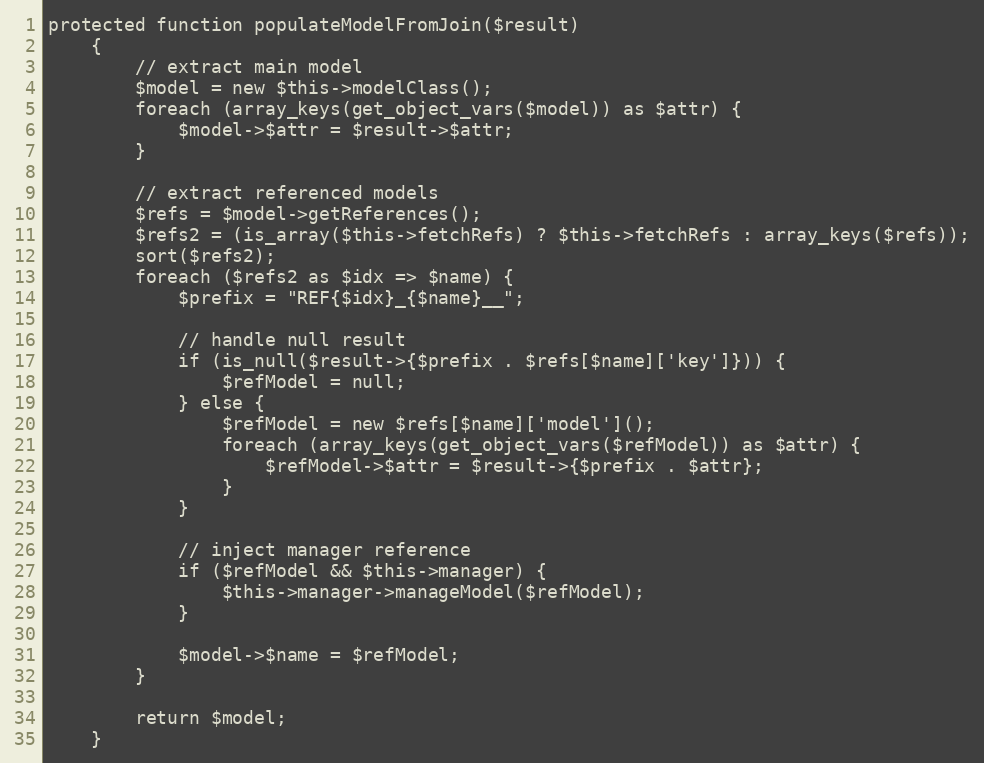
Language: PHP
protected function populateModelFromJoin($result)
    {
        // extract main model
        $model = new $this->modelClass();
        foreach (array_keys(get_object_vars($model)) as $attr) {
            $model->$attr = $result->$attr;
        }

        // extract referenced models
        $refs = $model->getReferences();
        $refs2 = (is_array($this->fetchRefs) ? $this->fetchRefs : array_keys($refs));
        sort($refs2);
        foreach ($refs2 as $idx => $name) {
            $prefix = "REF{$idx}_{$name}__";

            // handle null result
            if (is_null($result->{$prefix . $refs[$name]['key']})) {
                $refModel = null;
            } else {
                $refModel = new $refs[$name]['model']();
                foreach (array_keys(get_object_vars($refModel)) as $attr) {
                    $refModel->$attr = $result->{$prefix . $attr};
                }
            }

            // inject manager reference
            if ($refModel && $this->manager) {
                $this->manager->manageModel($refModel);
            }

            $model->$name = $refModel;
        }

        return $model;
    }